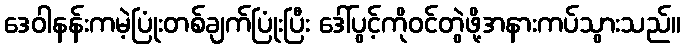
ဒေဝါနန်းကမဲ့ပြုံးတစ်ချက်ပြုံးပြီး ဒေါ်ပွင့်ကိုဝင်တွဲဖို့အနားကပ်သွားသည်။